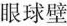
眼球壁